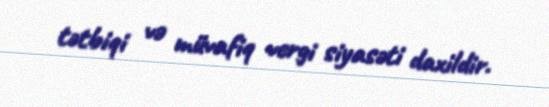
tətbiqi və müvafiq vergi siyasəti daxildir.